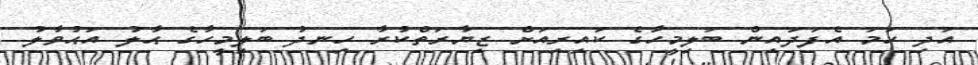
އަދި ހަމަ އެފަދައިން ބަލިމީހާގެ ކައިރިއަށް ޒިޔާރަތްކުރާ ހިނދު ބަލިމީހާގެ ޙާލު އަޙުވާލު